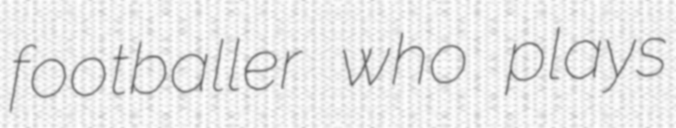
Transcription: footballer who plays